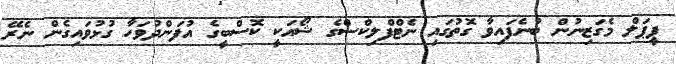
ޕީޕަލް މެގަޒިނުން ބުނެފައިވާ ގޮތުގައި ނެޓްފްލިކްސްގެ ޝޯއަކީ ކޮސްބީގެ އުފަންދުވަހާ ގުޅުވައިގެން ނެރޭ